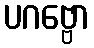
ပဂဗ္ဗော